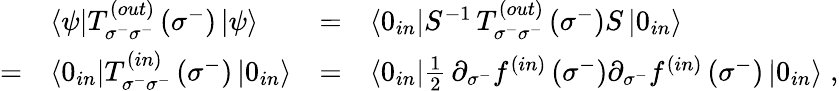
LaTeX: \begin{array}{llll}{{\ }}&{{\left<\psi\right|T_{\sigma^{-}\sigma^{-}}^{\left(out\right)}\left(\sigma^{-}\right)\left|\psi\right>}}&{{=}}&{{\left<0_{in}\right|S^{-1}\, T_{\sigma^{-}\sigma^{-}}^{\left(out\right)}\left(\sigma^{-}\right)S\left|0_{in}\right>}}\\ {{=}}&{{\left<0_{in}\right|T_{\sigma^{-}\sigma^{-}}^{\left(in\right)}\left(\sigma^{-}\right)\left|0_{in}\right>}}&{{=}}&{{\left<0_{in}\right|{\frac{1}{2}}\, \partial_{\sigma^{-}}f^{\left(in\right)}\left(\sigma^{-}\right)\partial_{\sigma^{-}}f^{\left(in\right)}\left(\sigma^{-}\right)\left|0_{in}\right>\; ,}}\end{array}